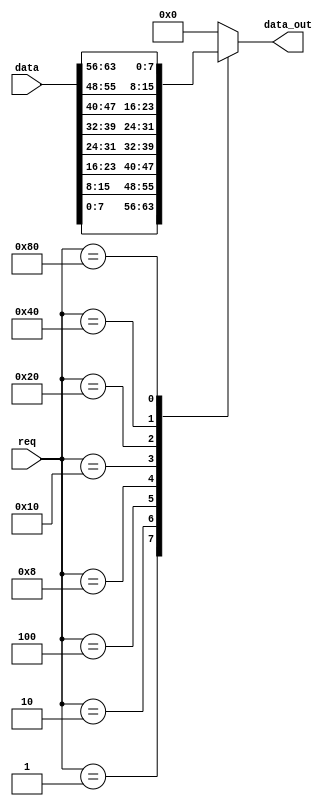
module bus_manager(input [7:0] req, input [63:0] data,output reg [7:0] data_out);
always @(*) begin
   case (req)
  	8'b00000001: data_out = data[7:0];
        8'b00000010: data_out = data[15:8];
        8'b00000100: data_out = data[23:16];
        8'b00001000: data_out = data[31:24];
        8'b00010000: data_out = data[39:32];
        8'b00100000: data_out = data[47:40];
	8'b01000000: data_out = data[55:48];
	8'b10000000: data_out = data[63:56];
        default: data_out = 8'b0;
    endcase
end

endmodule

module bus_manager_test;

reg [7:0] req;
reg [63:0] data;
wire [7:0] data_out;

bus_manager bus_manager_inst(req, data, data_out);

initial begin
    // Test case 1: Request from AR
    req = 8'b00000001;
    data[7:0] = 8'b00000001;
    #10;

    // Test case 2: Request from PC
    req = 8'b00000010;
    data[15:8] = 8'b00000010;
    #10;

    // Test case 3: Request from DR
    req = 8'b00000100;
    data[23:16] = 8'b00000100;
    #10;

    // Test case 4: No request
    req = 8'b00000000;
    #10;

end

endmodule